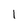
Character: 1